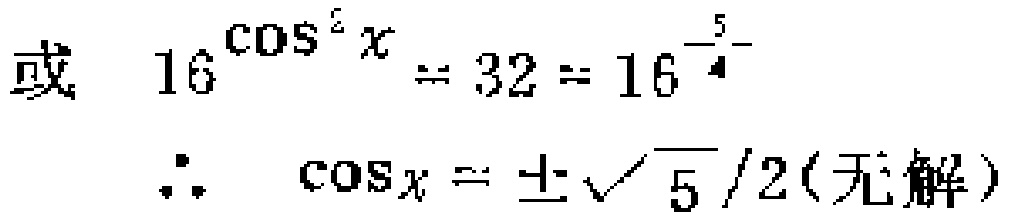
或 \(16^{\cos^{2}x}=32 = 16^{\frac{5}{4}}\)

\(\therefore \cos x=\pm\sqrt{5}/2(\text{无解})\)